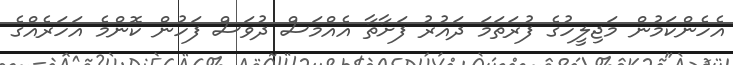
އެހެންކަމުން މަޖިލީހުގެ ފުރަތަމަ ދައުރު ފަށާތާ އެއްމަސް ދުވަސް ފަހުން ކޮންމެ އަހަރެއްގެ